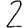
Digit: 2